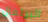
البرتغال